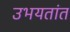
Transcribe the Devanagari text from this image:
उभयतांत